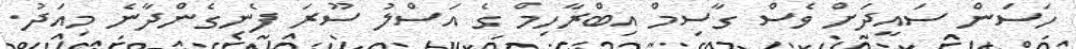
ހަސަން ސައީދަށް ވެސް ގާސިމް އިބްރާހިމް ގެ އަސްލު ސޫރަ ފެނިގެންދާނެ މިއަދު.